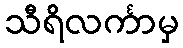
သီရိလင်္ကာမှ